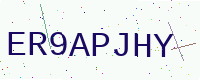
Text: ER9APJHY